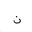
Letter: _non